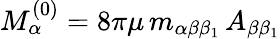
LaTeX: M_{\alpha}^{(0)}=8\pi\mu\, m_{\alpha\beta\beta_{1}}\, A_{\beta\beta_{1}}